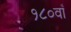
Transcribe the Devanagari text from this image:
१८०वाँ